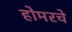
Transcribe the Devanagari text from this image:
होमरचे